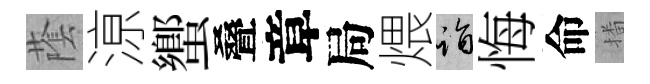
䕃鿌蠁叠章局煨诣悔命播